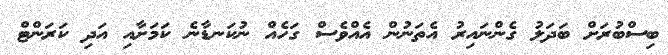
ބިސްބުރަށް ބަދަލު ގެންނައިރު އެތަނުން އެއްވެސް ގަހެއް ނުކަނޑާނެ ކަމަށާއި އަދި ކަރަންޓް